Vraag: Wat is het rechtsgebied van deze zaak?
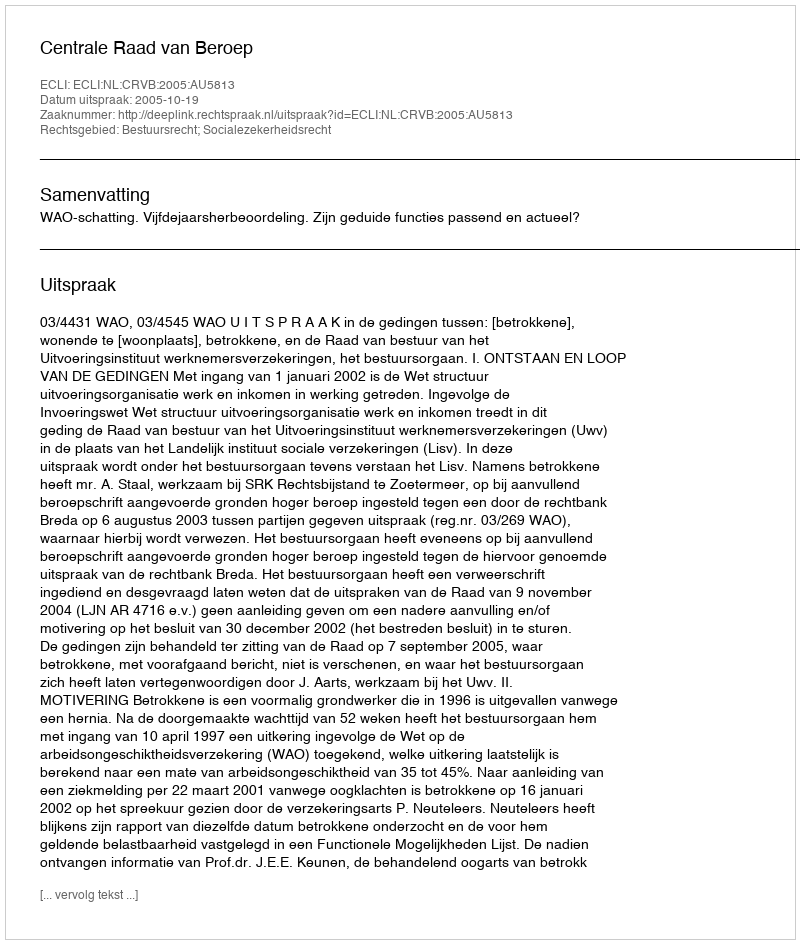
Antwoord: Bestuursrecht; Socialezekerheidsrecht